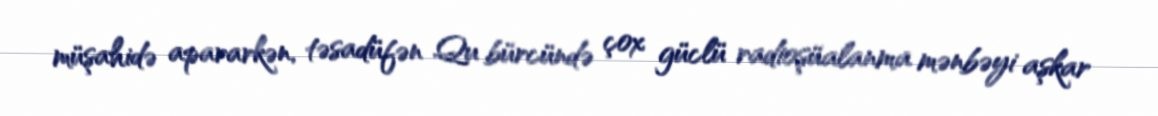
müşahidə apararkən, təsadüfən Qu bürcündə çox güclü radioşüalanma mənbəyi aşkar